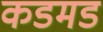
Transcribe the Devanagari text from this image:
कडमड